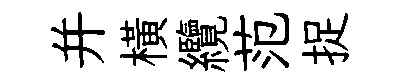
并横纜范捉